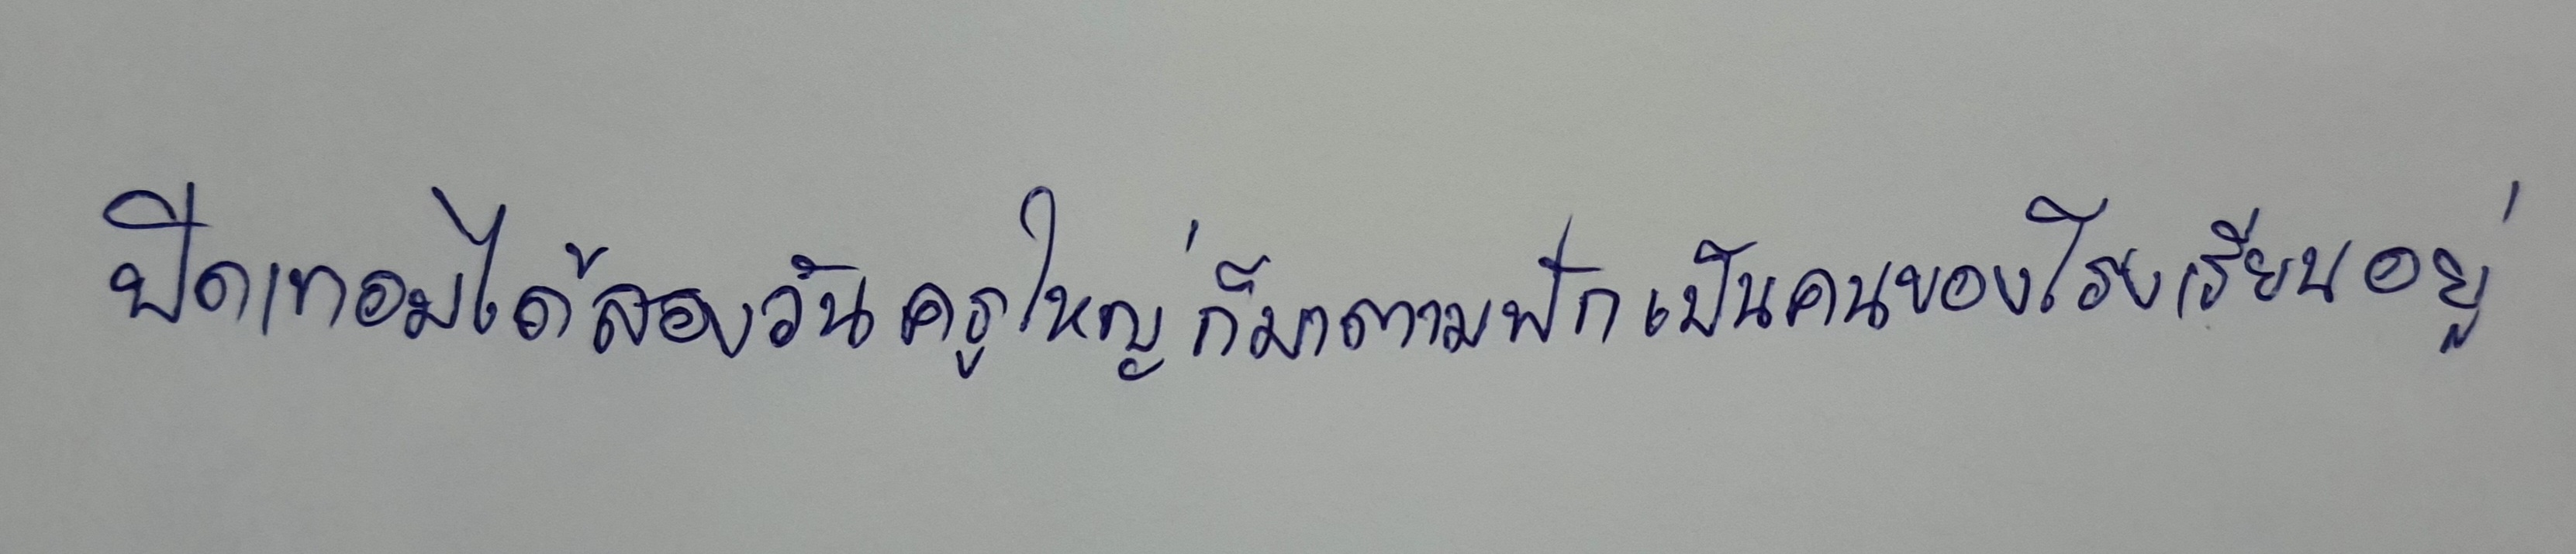
ปิดเทอมได้สองวันครูใหญ่ก็มาตามฟักเป็นคนของโรงเรียนอยู่